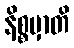
နိစ္စမှာတိ